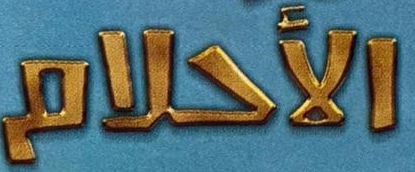
الأحلام